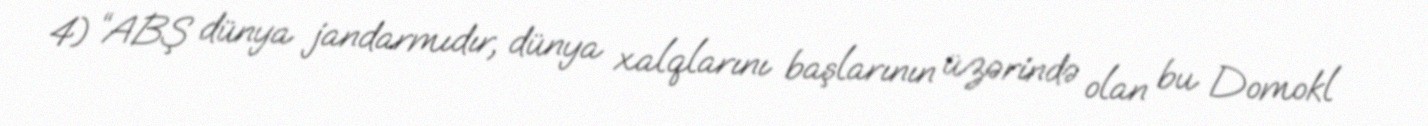
4) “ABŞ dünya jandarmıdır, dünya xalqlarını başlarının üzərində olan bu Domokl